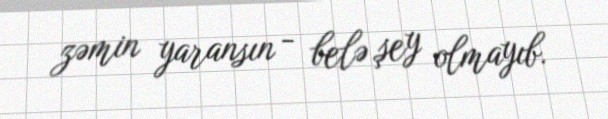
zəmin yaransın - belə şey olmayıb.